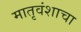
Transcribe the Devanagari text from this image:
मातृवंशाचा